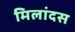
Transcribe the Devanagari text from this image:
मिलांदस